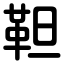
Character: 靼